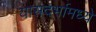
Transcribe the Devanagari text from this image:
यासदर्भामध्ये